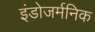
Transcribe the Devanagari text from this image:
इंडोजर्मनिक